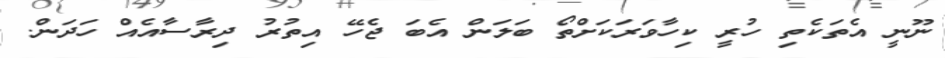
ނޫނީ އެތަކެތި ހުރީ ކިހާވަރަކަށްތޯ ބަލަން އެބަ ޖެހޭ އިތުރު ދިރާސާއެއް ހަދަން.